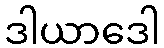
ဒါယာဒေါ